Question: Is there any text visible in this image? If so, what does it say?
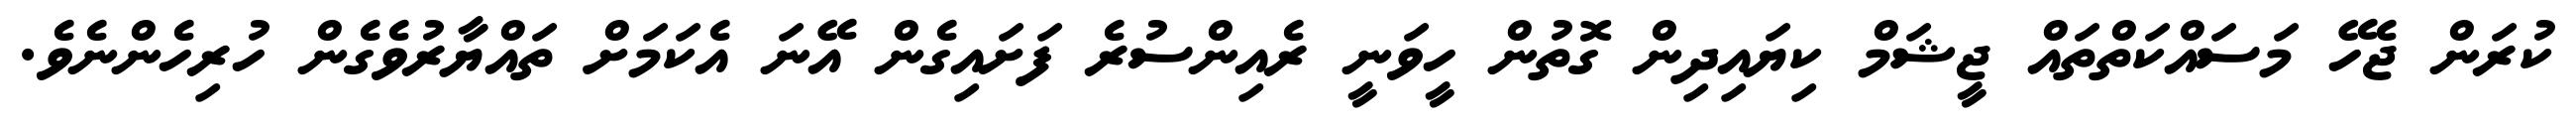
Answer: ކުރަން ޖެހޭ މަސައްކަތްތައް ޖީޝަމް ކިޔައިދިން ގޮތުން ހީވަނީ ރެއިންސުރެ ފަށައިގެން އޭނަ އެކަމަށް ތައްޔާރުވެގެން ހުރިހެންނެވެ.